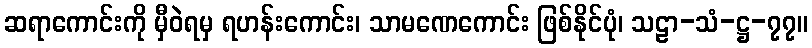
ဆရာကောင်းကို မှီဝဲရမှ ရဟန်းကောင်း၊ သာမဏေကောင်း ဖြစ်နိုင်ပုံ၊ သဠာ-သံ-ဋ္ဌ-၇၇။